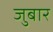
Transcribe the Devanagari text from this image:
जुबार